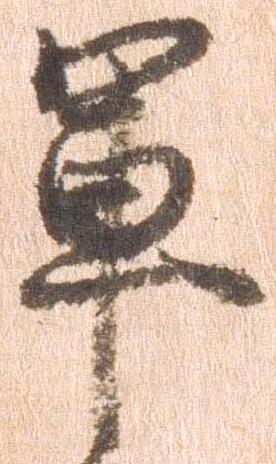
軍